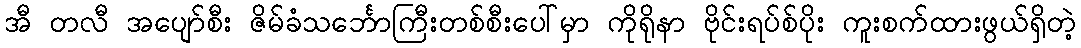
အီ တလီ အပျော်စီး ဇိမ်ခံသင်္ဘောကြီးတစ်စီးပေါ်မှာ ကိုရိုနာ ဗိုင်းရပ်စ်ပိုး ကူးစက်ထားဖွယ်ရှိတဲ့